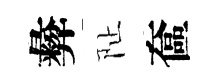
彜阯奩